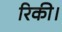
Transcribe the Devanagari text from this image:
रिकी।